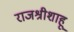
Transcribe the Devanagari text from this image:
राजश्रीशाहू